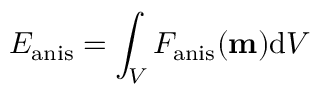
E _ { \mathrm { a n i s } } = \int _ { V } F _ { \mathrm { a n i s } } ( \mathbf { m } ) \mathrm { d } V